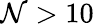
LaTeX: \mathcal{N}>10